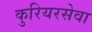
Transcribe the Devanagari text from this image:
कुरियरसेवा